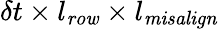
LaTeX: \delta t\times l_{\mathit{row}}\times l_{\mathit{misalign}}